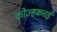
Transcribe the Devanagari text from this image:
कोज्हकत्तई